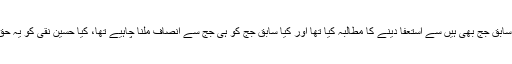
اور کیا حسین نقی صاحب نے بورڈ کے چیئرمین عامر رضا خان جو سابق جج بھی ہیں سے استعفا دینے کا مطالبہ کیا تھا اور کیا سابق جج کو ہی جج سے انصاف ملنا چاہیے تھا، کیا حسین نقی کو یہ حق حاصل نہیں تھا کہ انہیں اپنا موقف بیان کرنے کا پورا موقع دیا جاتا؟